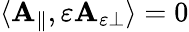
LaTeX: \begin{array}{r}{\langle\mathbf{A}_{\parallel},\varepsilon\mathbf{A}_{\varepsilon\perp}\rangle=0}\end{array}